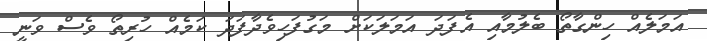
އަމަލެއް ހިންގާތޯ ބެލުމާއި އެފަދަ އަމަލަކަށް މަގުފަހިވެދާފަދަ ކަމެއް ހުރިތޯ ވެސް ވަނީ